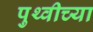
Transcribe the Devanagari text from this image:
पुथ्वीच्या